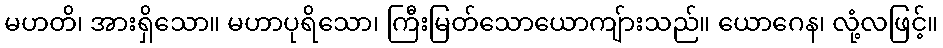
မဟတိ၊ အားရှိသော။ မဟာပုရိသော၊ ကြီးမြတ်သောယောကျ်ားသည်။ ယောဂေန၊ လုံ့လဖြင့်။